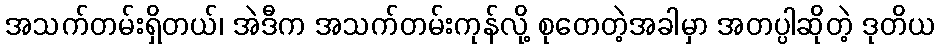
အသက်တမ်းရှိတယ်၊ အဲဒီက အသက်တမ်းကုန်လို့ စုတေတဲ့အခါမှာ အတပ္ပါဆိုတဲ့ ဒုတိယ